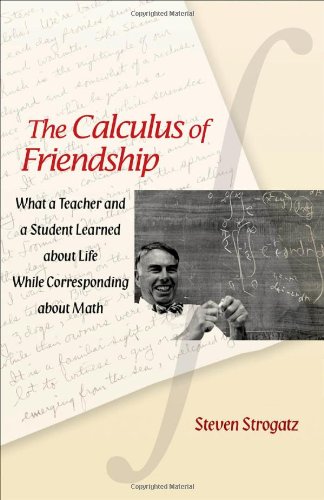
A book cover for The Calculus of Friendship: What a Teacher and a Student Learned about Life while Corresponding about Math; Steven Strogatz; Biographies & Memoirs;